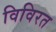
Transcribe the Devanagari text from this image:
विविरत